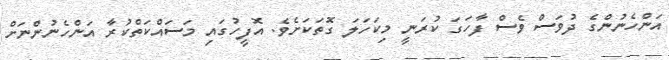
އަންހެނުންގެ ދުވަސް ވެސް ފާހަގަ ކުރަނީ މިކަހަލަ ގޮތަކަށެވެ. އޮފީހުގައި މަސައްކަތްކުރާ އަންހެނުންނަށް